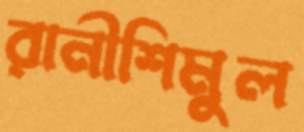
রানীশিমুল